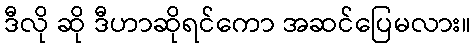
ဒီလို ဆို ဒီဟာဆိုရင်ကော အဆင်ပြေမလား။